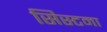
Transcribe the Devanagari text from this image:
सिस्टमा